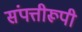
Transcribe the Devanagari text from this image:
संपत्तीरूपी